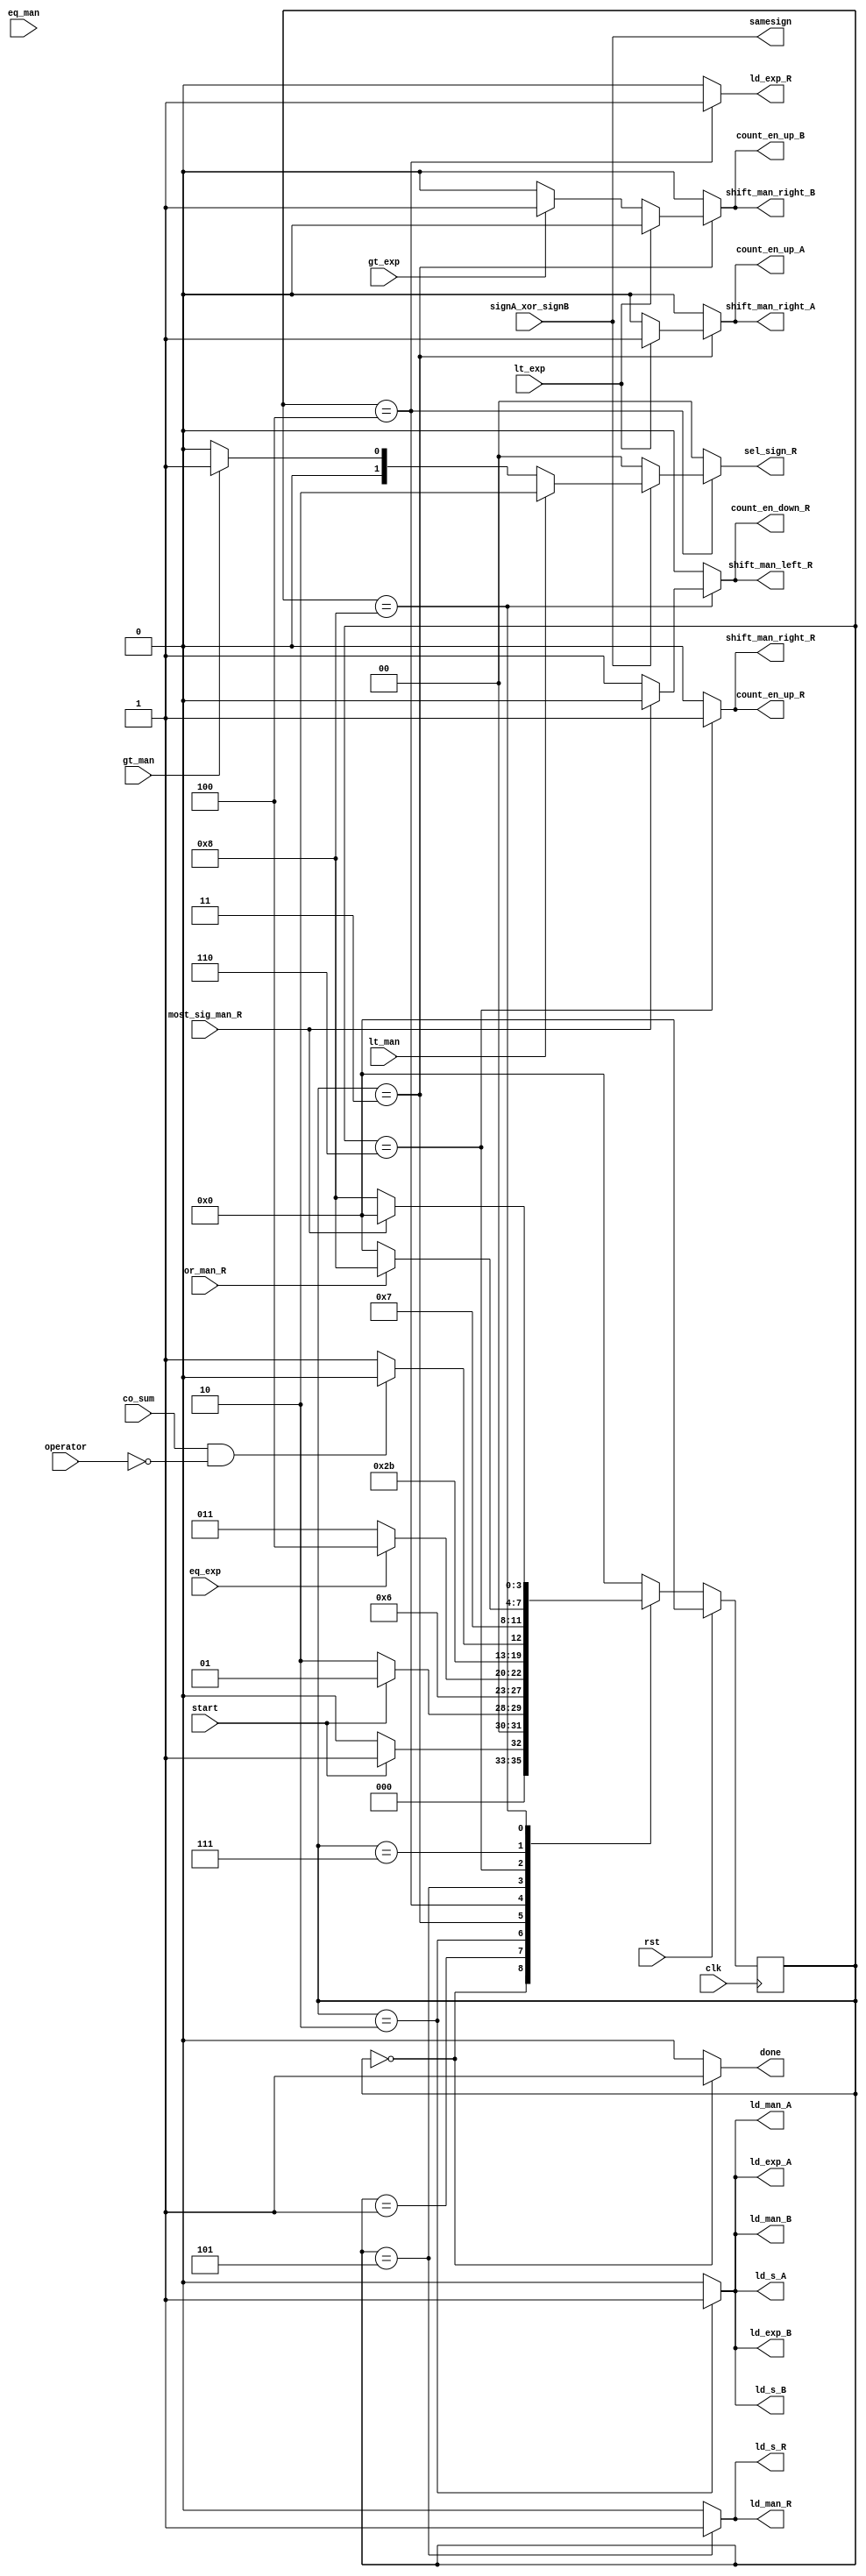
`timescale 1ns/1ns
module controller(clk, rst, start, done, ld_s_A, ld_exp_A, ld_man_A, ld_s_B, ld_exp_B, ld_man_B, eq_exp, lt_exp, gt_exp, eq_man, lt_man, gt_man,
   count_en_up_A, count_en_up_B, shift_man_right_A, shift_man_right_B, ld_exp_R, sel_sign_R, signA_xor_signB, samesign,
   ld_s_R, ld_man_R, co_sum, shift_man_right_R, shift_man_left_R, count_en_up_R, count_en_down_R, or_man_R, most_sig_man_R,operator);

   input clk, rst, start, eq_exp, lt_exp, gt_exp, eq_man, lt_man, gt_man, signA_xor_signB, co_sum, most_sig_man_R,
    or_man_R, operator;
   output reg done, ld_s_A, ld_s_B, ld_s_R, ld_man_A, ld_man_B, ld_man_R, ld_exp_A, ld_exp_B, ld_exp_R,
    count_en_up_A, count_en_up_B, count_en_up_R, count_en_down_R, shift_man_right_A, shift_man_right_B,
    shift_man_right_R, shift_man_left_R;
    output samesign;
    output reg [1:0] sel_sign_R;
    reg [3:0] ps,ns;
    parameter [3:0] IDLE=0, starting=1, loading=2, start_comparing_exp=3, load_result_exp=4, load_result_sign_man=5,
     check_carry_of_result_man=6, check_for_zero=7, check_for_msb_of_result=8;

    always@(start, eq_exp, co_sum, or_man_R, most_sig_man_R,ps) begin
      ns = IDLE;
      case(ps)
        IDLE: begin ns=(start)? starting:IDLE; end
        starting:begin ns=(start)? starting:loading; end
        loading: begin ns=start_comparing_exp; end
        start_comparing_exp:begin ns=(eq_exp)? load_result_exp:start_comparing_exp; end
        load_result_exp: begin ns=load_result_sign_man; end
        load_result_sign_man: begin ns=(co_sum&~operator)? check_carry_of_result_man:check_for_zero; end
        check_carry_of_result_man: begin ns=check_for_zero; end
        check_for_zero: begin ns=(or_man_R)? check_for_msb_of_result:IDLE; end
        check_for_msb_of_result: begin ns=(most_sig_man_R)? IDLE:check_for_msb_of_result; end
        default: begin ns = IDLE; end
        endcase
    end

    always@(ps) begin
      done=0; ld_s_A=0; ld_s_B=0; ld_s_R=0; ld_man_A=0; ld_man_B=0; ld_man_R=0; ld_exp_A=0; ld_exp_B=0; ld_exp_R=0;
      count_en_up_A=0; count_en_up_B=0; count_en_up_R=0; count_en_down_R=0; shift_man_right_A=0; shift_man_right_B=0;
      shift_man_right_R=0; shift_man_left_R=0; sel_sign_R=2'b0;
      case(ps)
        IDLE: begin done=1; end
        starting:begin  end
        loading: begin ld_s_A=1; ld_exp_A=1; ld_man_A=1; ld_s_B=1; ld_exp_B=1; ld_man_B=1; end
        start_comparing_exp:begin
          if(lt_exp)begin count_en_up_A=1; shift_man_right_A=1; end
          else if(gt_exp) begin count_en_up_B=1; shift_man_right_B=1; end
        end
        load_result_exp: begin
            ld_exp_R=1;
            if(signA_xor_signB)begin
              if(lt_man) begin sel_sign_R = 2'b10; end
              else if(gt_man) begin sel_sign_R = 2'b01; end
              else begin sel_sign_R=2'b00; end
            end
        end
        load_result_sign_man: begin ld_s_R=1; ld_man_R=1; end
        check_carry_of_result_man: begin shift_man_right_R=1; count_en_up_R=1; end
        check_for_zero: begin  end
        check_for_msb_of_result: begin if(~most_sig_man_R) begin count_en_down_R=1; shift_man_left_R=1; end end
      endcase
  end

  always@(posedge clk) begin
    if(rst) ps=IDLE;
    else ps = ns;
  end

  assign samesign = signA_xor_signB;

  endmodule